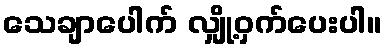
သေချာပေါက် လျှို့ဝှက်ပေးပါ။